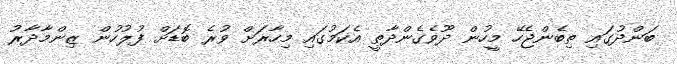
ބަންދުގައި ތިބެންޖެހޭ މީހުން ދޫވެގެންދާތީ އެކަމުގައި މިހާރަށް ވުރެ ބޮޑަށް ފުލުހުން ޒިންމާދާރު